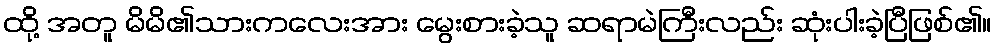
ထို့ အတူ မိမိ၏သားကလေးအား မွေးစားခဲ့သူ ဆရာမဲကြီးလည်း ဆုံးပါးခဲ့ပြီဖြစ်၏။